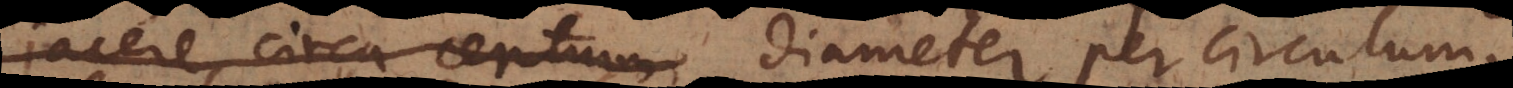
jacere circa centrum diameter per circulum,